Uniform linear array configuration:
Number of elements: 16
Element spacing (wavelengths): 0.25
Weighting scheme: hamming
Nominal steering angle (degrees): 30
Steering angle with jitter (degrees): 28.879
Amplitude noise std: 0.05
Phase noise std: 0.05

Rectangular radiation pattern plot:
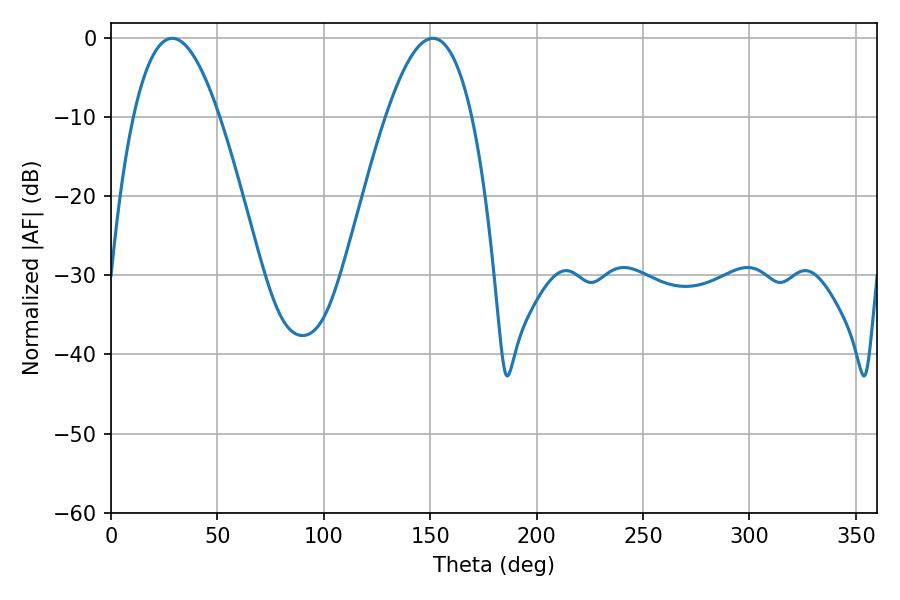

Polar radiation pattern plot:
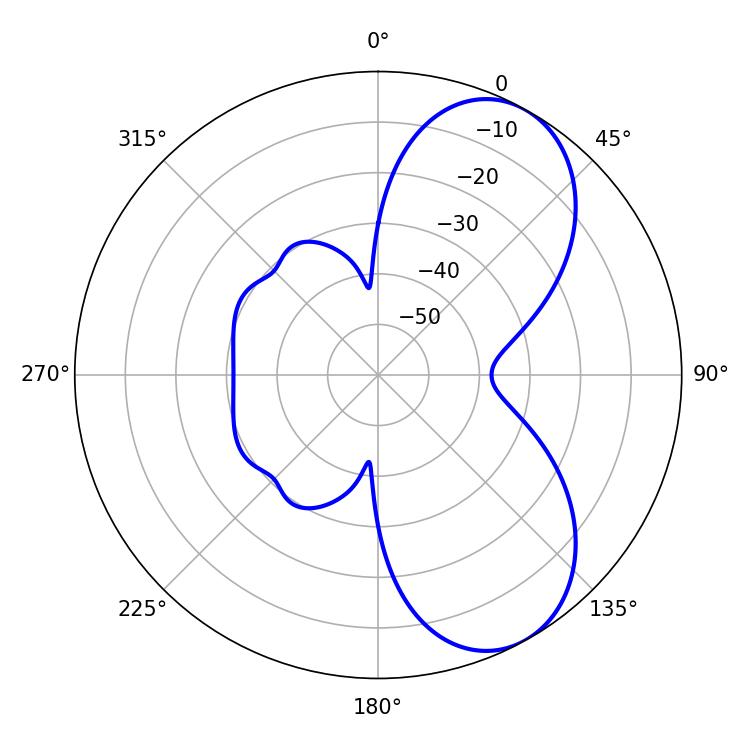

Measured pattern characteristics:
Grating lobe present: FALSE
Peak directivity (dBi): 6.892
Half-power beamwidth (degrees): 22.14
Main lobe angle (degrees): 28.8